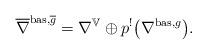
LaTeX: \begin{align*} \overline{\nabla}^{\mathrm{bas},\overline{g}} = \nabla^{\mathbb{V}} \oplus p^!\big(\nabla^{\mathrm{bas},g}\big).\end{align*}